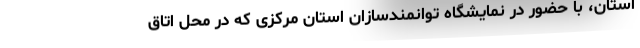
استان، با حضور در نمایشگاه توانمندسازان استان مرکزی که در محل اتاق